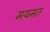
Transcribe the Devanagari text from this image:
मयमत